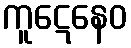
ကူဋေနေဝ